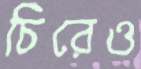
চিরেও